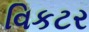
વિકટર